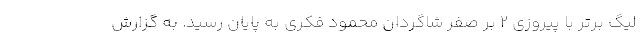
لیگ برتر با پیروزی ۲ بر صفر شاگردان محمود فکری به پایان رسید. به گزارش